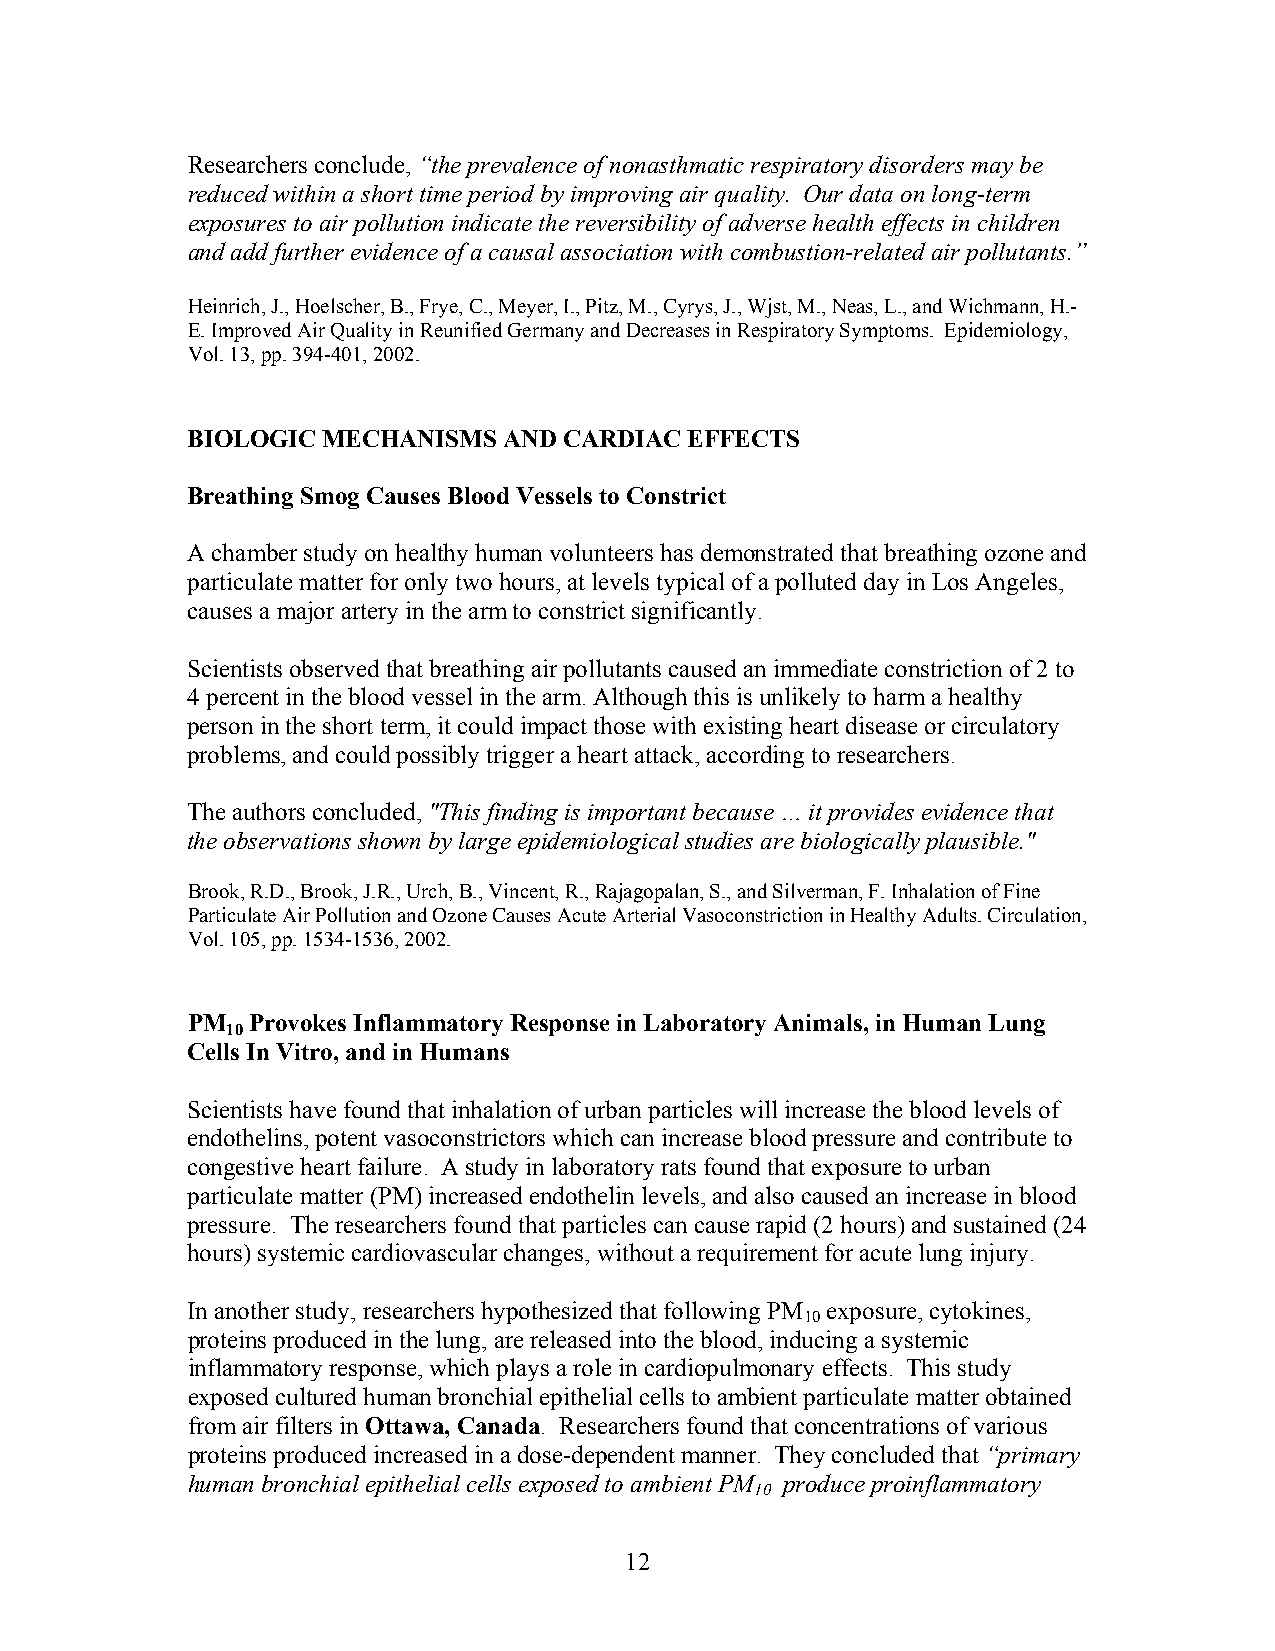
Researchers conclude, “the prevalence of nonasthmatic respiratory disorders may be
 reduced within a short time period by improving air quality. Our data on long-term
 exposures to air pollution indicate the reversibility of adverse health effects in children
 and add further evidence of a causal association with combustion-related air pollutants.”
 Heinrich, J., Hoelscher, B., Frye, C., Meyer, I., Pitz, M., Cyrys, J., Wjst, M., Neas, L., and Wichmann, H.-
 E. Improved Air Quality in Reunified Germany and Decreases in Respiratory Symptoms. Epidemiology,
 Vol. 13, pp. 394-401, 2002.
 BIOLOGIC MECHANISMS  AND CARDIAC  EFFECTS
 Breathing Smog Causes Blood Vessels to Constrict
 A chamber study on healthy human volunteers has demonstrated that breathing ozone and
 particulate matter for only two hours, at levels typical of a polluted day in Los Angeles,
 causes a major artery in the arm to constrict significantly.
 Scientists observed that breathing air pollutants caused an immediate constriction of 2 to
 4 percent in the blood vessel in the arm. Although this is unlikely to harm a healthy
 person in the short term, it could impact those with existing heart disease or circulatory
 problems, and could possibly trigger a heart attack, according to researchers.
 The authors concluded, "This finding is important because … it provides evidence that
 the observations shown by large epidemiological studies are biologically plausible."
 Brook, R.D., Brook, J.R., Urch, B., Vincent, R., Rajagopalan, S., and Silverman, F. Inhalation of Fine
 Particulate Air Pollution and Ozone Causes Acute Arterial Vasoconstriction in Healthy Adults. Circulation,
 Vol. 105, pp. 1534-1536, 2002.
 PM   Provokes Inflammatory Response in Laboratory Animals, in Human Lung
 10
 Cells In Vitro, and in Humans
 Scientists have found that inhalation of urban particles will increase the blood levels of
 endothelins, potent vasoconstrictors which can increase blood pressure and contribute to
 congestive heart failure. A study in laboratory rats found that exposure to urban
 particulate matter (PM) increased endothelin levels, and also caused an increase in blood
 pressure. The researchers found that particles can cause rapid (2 hours) and sustained (24
 hours) systemic cardiovascular changes, without a requirement for acute lung injury.
 In another study, researchers hypothesized that following PM exposure, cytokines,
 10
 proteins produced in the lung, are released into the blood, inducing a systemic
 inflammatory response, which plays a role in cardiopulmonary effects. This study
 exposed cultured human bronchial epithelial cells to ambient particulate matter obtained
 from air filters in Ottawa, Canada. Researchers found that concentrations of various
 proteins produced increased in a dose-dependent manner. They concluded that “primary
 human bronchial epithelial cells exposed to ambient PM produce proinflammatory
 10
 12